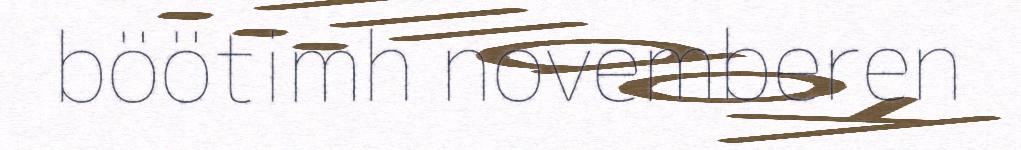
böötimh novemberen